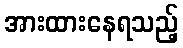
အားထားနေရသည့်